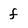
Character: f